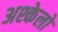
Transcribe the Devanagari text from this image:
अश्केलो